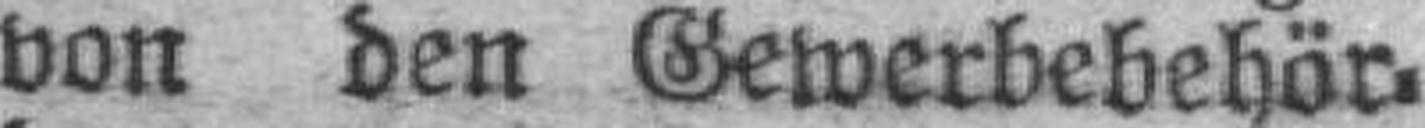
von den Gewerbebehör¬